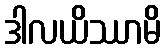
ဒါလယိဿာမိ